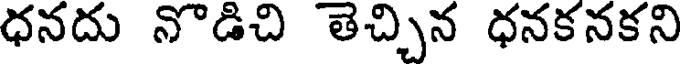
ధనదు నొడిచి తెచ్చిన ధనకనకని